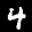
Label: 4